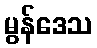
မွန်ဒေသ